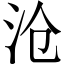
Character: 沧